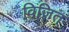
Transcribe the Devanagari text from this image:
विज़ित्